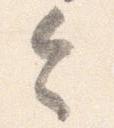
令